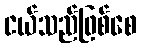
ငယ်သည်ဖြစ်စေ